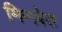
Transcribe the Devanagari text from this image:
मिन्ज़ेत